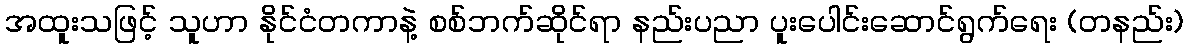
အထူးသဖြင့် သူဟာ နိုင်ငံတကာနဲ့ စစ်ဘက်ဆိုင်ရာ နည်းပညာ ပူးပေါင်းဆောင်ရွက်ရေး (တနည်း)